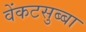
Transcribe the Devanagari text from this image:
वेंकटसुब्बा